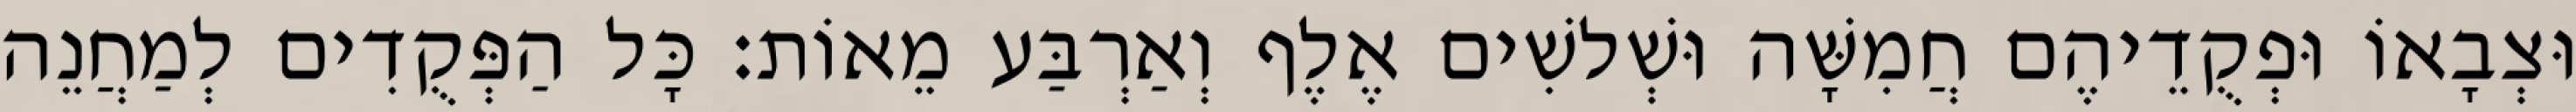
וּצְבָאוֹ וּפְקֻדֵיהֶם חֲמִשָּׁה וּשְׁלשִׁים אֶלֶף וְאַרְבַּע מֵאוֹת׃ כָּל הַפְּקֻדִים לְמַחֲנֵה